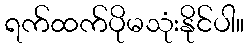
ရက်ထက်ပိုမသုံးနိုင်ပါ။